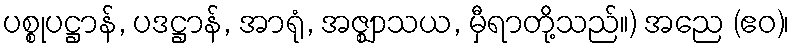
ပစ္စုပဋ္ဌာန်, ပဒဋ္ဌာန်, အာရုံ, အဇ္ဈာသယ, မှီရာတို့သည်။) အညေ (ဧဝ)၊